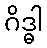
ဂိဒ္ဓါ